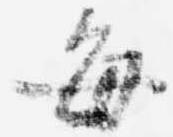
毎